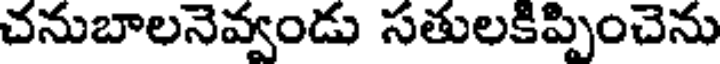
చనుబాలనెవ్వండు సతులకిప్పించెను